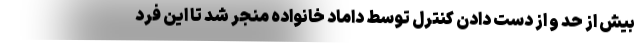
بیش از حد و از دست دادن کنترل توسط داماد خانواده منجر شد تا این فرد